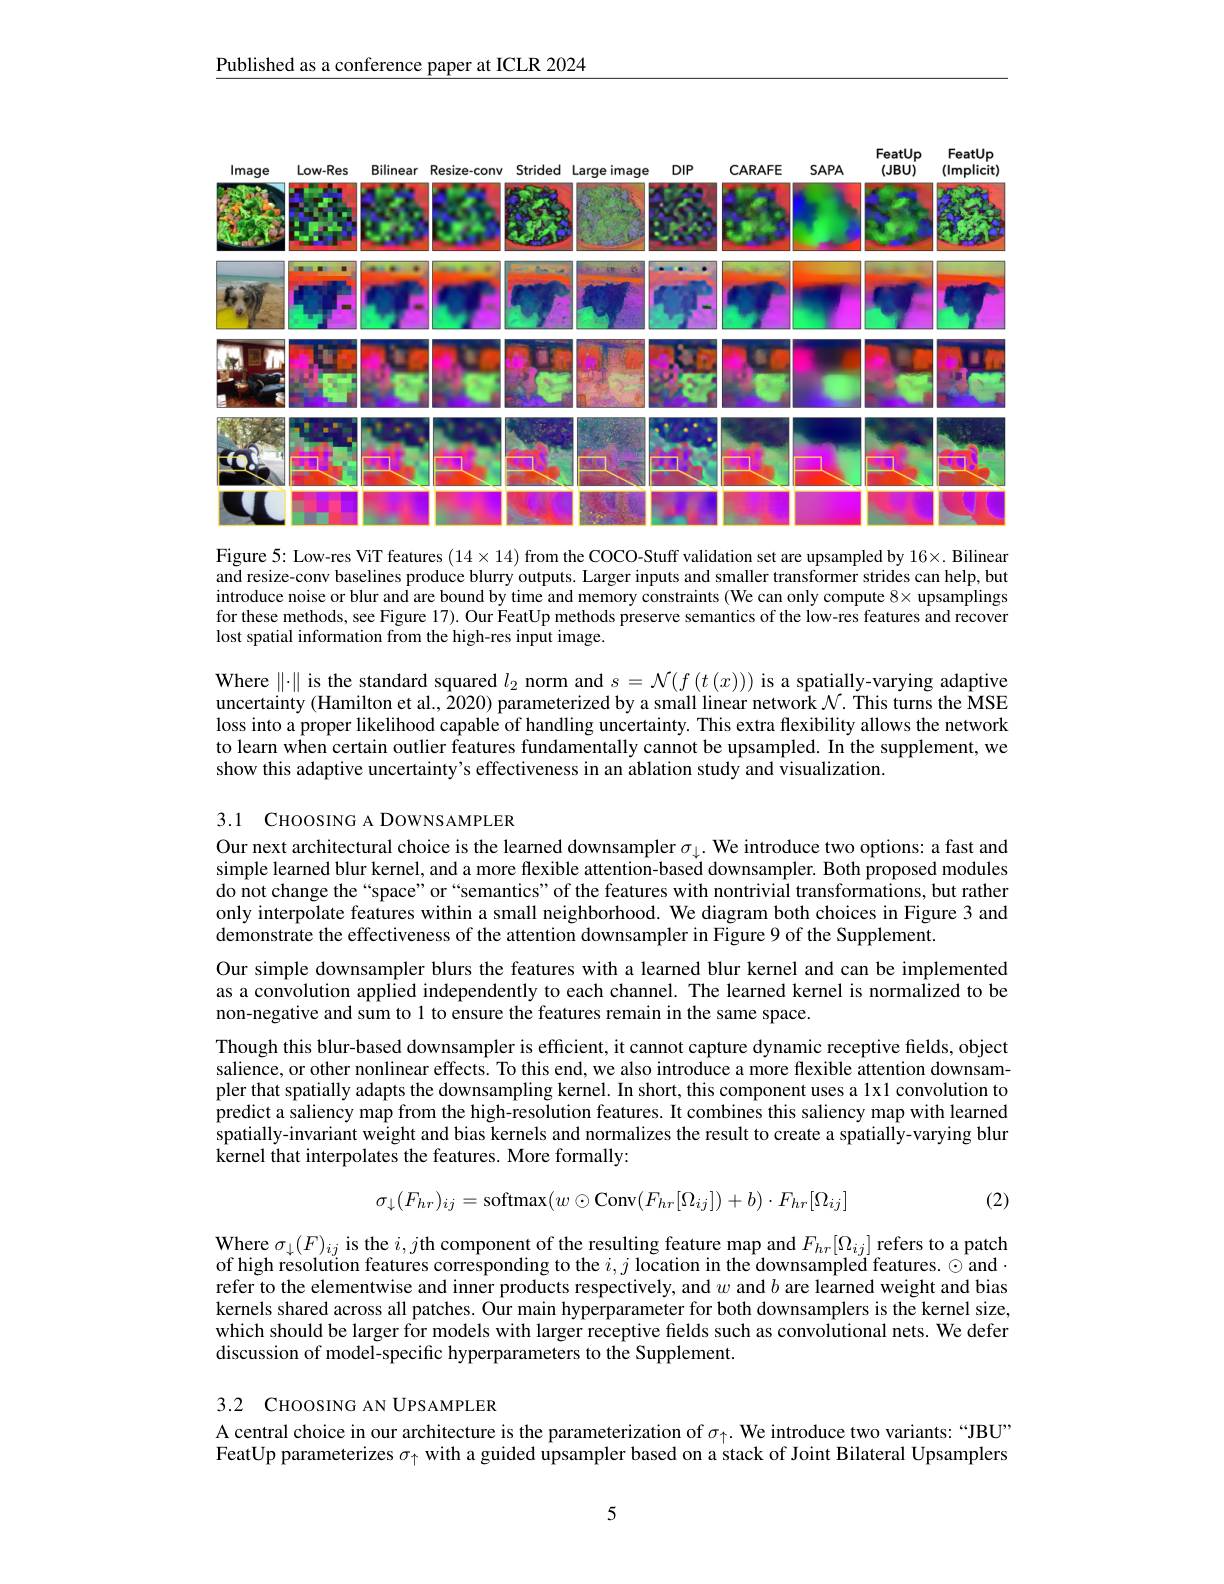
$\underline{\text{Published as a conference paper at ICLR 2024}}$

FeatUp
FeatUp
<FigureHere>

Figure 5: Low-res ViT features $(14\times14)$ from the COCO-Stuff validation set are upsampled by $16\times.$ Bilinear and resize-conv baselines produce blurry outputs. Larger inputs and smaller transformer strides can help, but introduce noise or blur and are bound by time and memory constraints (We can only compute $8\times$ upsamplings for these methods, see Figure 17). Our FeatUp methods preserve semantics of the low-res features and recover lost spatial information from the high-res input image.

Where $\|\cdot\|$ is the standard squared $l_2$ norm and $s=\mathcal{N}(f(t(x)))$ is a spatially-varying adaptive uncertainty (Hamilton et al., $\hat{2}020)$ parameterized by a small linear network $\mathcal{N}.$ This turns the MSE loss into a proper likelihood capable of handling uncertainty. This extra flexibility allows the network to learn when certain outlier features fundamentally cannot be upsampled. In the supplement, we show this adaptive uncertainty's effectiveness in an ablation study and visualization.

3.1 CHOOSING A DOWNS AMPLER

Our next architectural choice is the learned downsampler $\sigma_\downarrow.$ We introduce two options: a fast and simple learned blur kernel, and a more flexible attention-based downsampler. Both proposed modules do not change the “space” or“semantics” of the features with nontrivial transformations, but rather only interpolate features within a small neighborhood. We diagram both choices in Figure 3 and demonstrate the effectiveness of the attention downsampler in Figure 9 of the Supplement.

Our simple downsampler blurs the features with a learned blur kernel and can be implemented as a convolution applied independently to each channel. The learned kernel is normalized to be non-negative and sum to 1 to ensure the features remain in the same space.
Though this blur-based downsampler is efficient, it cannot capture dynamic receptive fields, object salience, or other nonlinear effects. To this end, we also introduce a more flexible attention downsampler that spatially adapts the downsampling kernel. In short, this component uses a lx1 convolution to predict a saliency map from the high-resolution features. It combines this saliency map with learned spatially-invariant weight and bias kernels and normalizes the result to create a spatially-varying blur $\hat{\text{kernel that interpolates the features. More formally:}}$
$$\sigma_{\downarrow}(F_{hr})_{ij}=\mathrm{softmax}(w\odot\mathrm{Conv}(F_{hr}[\Omega_{ij}])+b)\cdot F_{hr}[\Omega_{ij}]$$
(2)

$\begin{array}{l}{\mathrm{Where~}\sigma_{\downarrow}(F)_{ij}\text{ is the }i,j\text{th component of the resulting feature map and }F_{hr}[\Omega_{ij}]\text{ refers to a patch}\\{\mathrm{of~high~resolution~features~corresponding~to~the~}i,j\text{ location in the downsampled features. }\odot\mathrm{~and}}\end{array}}\\\begin{array}{llllllllllllllllllllll$ refer to the elementwise and inner products respectively, and $w$ and $b$ are learned weight and bias kernels shared across all patches. Our main hyperparameter for both downsamplers is the kernel size, which should be larger for models with larger receptive fields such as convolutional nets. We defer discussion of model-specific hyperparameters to the Supplement.

3.2 CHOOSING AN UPSAMPLER
A central choice in our architecture is the parameterization of $\sigma_{\uparrow}.$ We introduce two variants: “JBU”

FeatUp parameterizes $\sigma_{\uparrow}$ with a guided upsampler based on a stack of Joint Bilateral Upsamplers

5